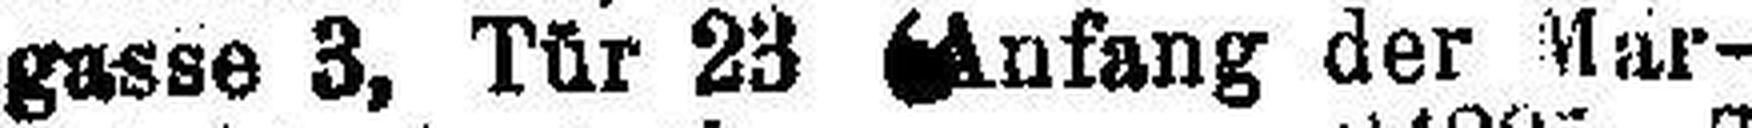
gasse 3, Tür 23 (Anfang der Mar¬